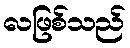
လဖြစ်သည်